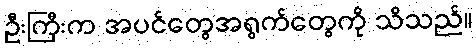
ဦးကြီးက အပင်တွေအရွက်တွေကို သိသည်။